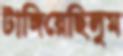
টাঙ্গিয়েছিলুম